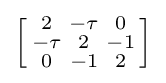
\left[{\begin{smallmatrix}2&-\tau &0\\-\tau &2&-1\\0&-1&2\end{smallmatrix}}\right]